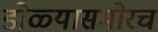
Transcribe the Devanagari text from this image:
डोळ्यासमोरच